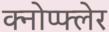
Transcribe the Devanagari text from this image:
क्नोप्फ्लेर